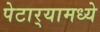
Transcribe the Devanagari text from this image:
पेटार्‍यामध्ये